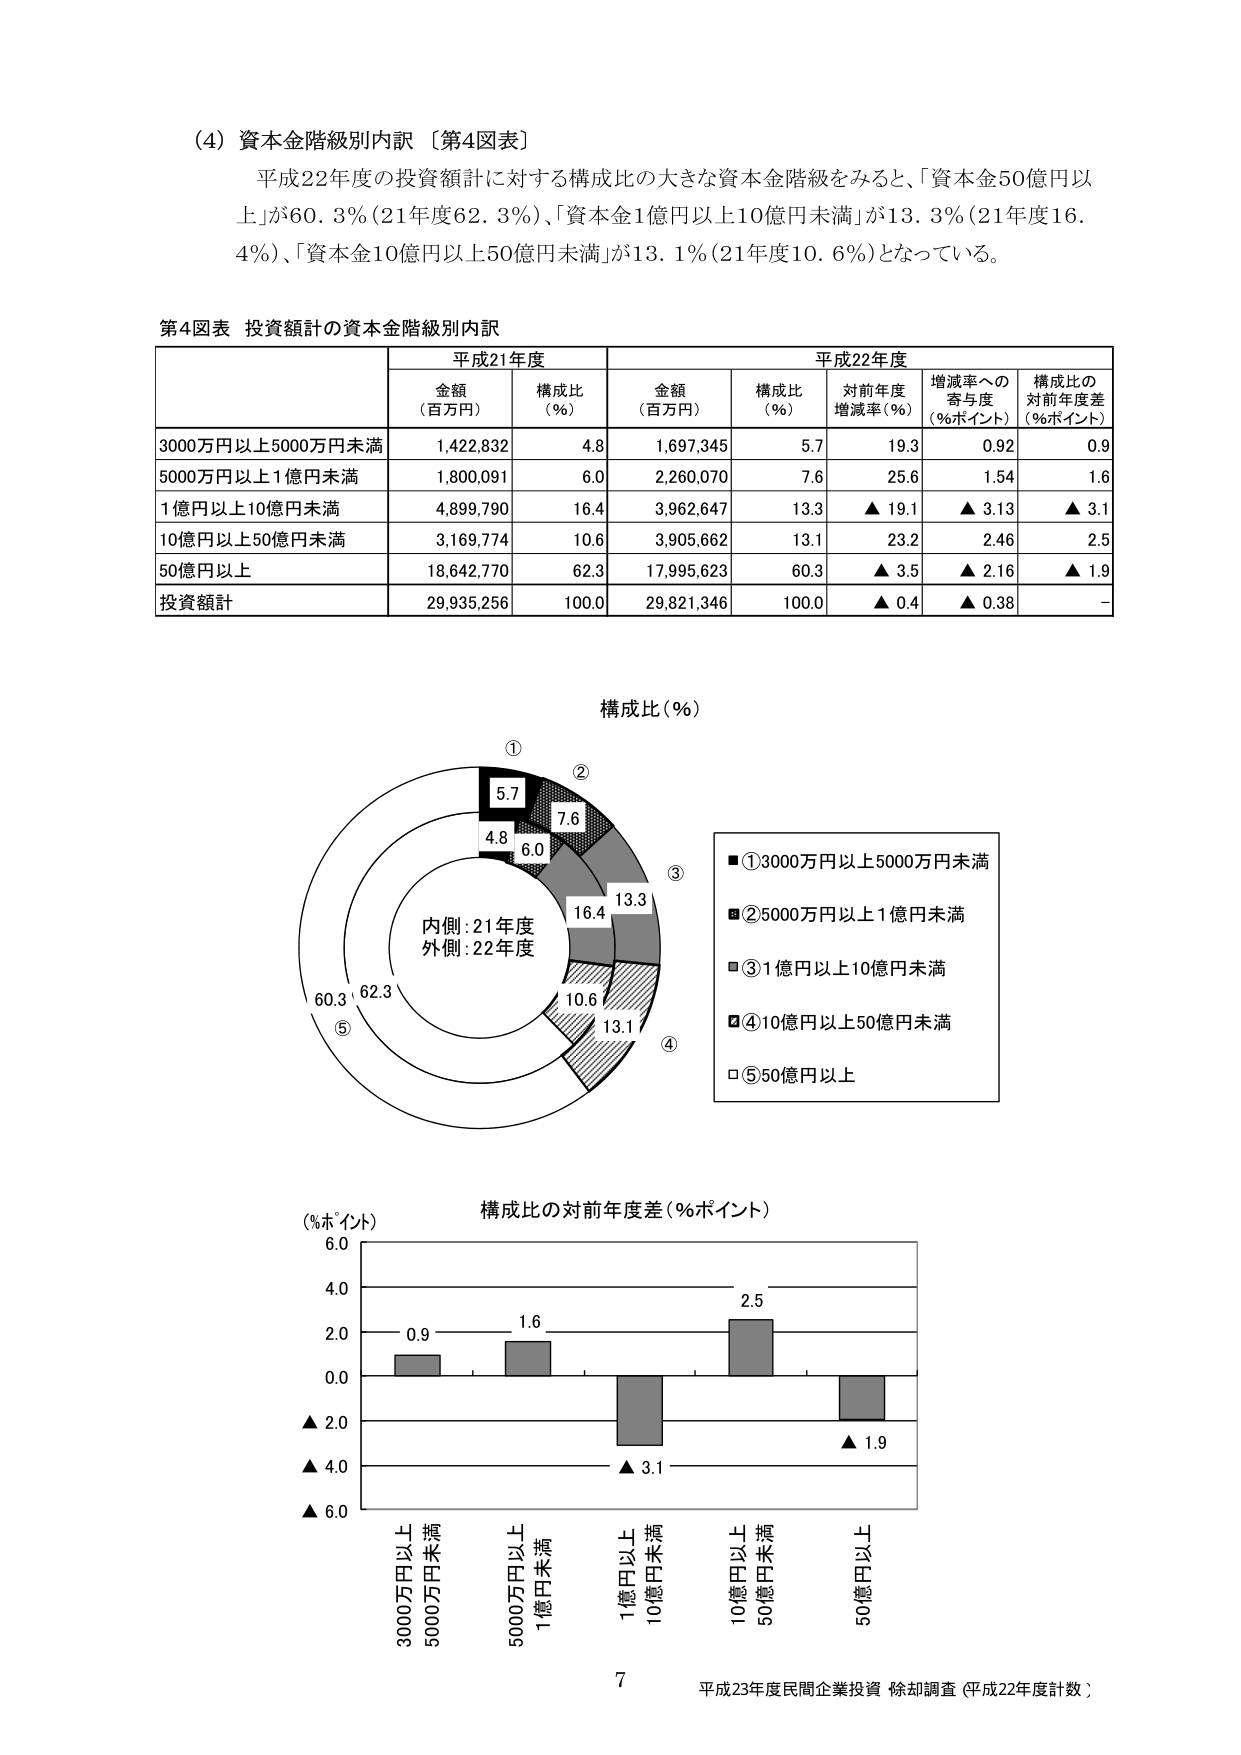
(4) 資本金階級別内訳 〔第4図表〕
平成22年度の投資額計に対する構成比の大きな資本金階級をみると、「資本金50億円以上」が60.3％（21年度62.3％）、「資本金1億円以上10億円未満」が13.3％（21年度16.4％）、「資本金10億円以上50億円未満」が13.1％（21年度10.6％）となっている。

第4図表 投資額計の資本金階級別内訳

| | 平成21年度 | 平成22年度 | | |
|---|---|---|---|---|---|
| | 金額（百万円） | 構成比（％） | 金額（百万円） | 構成比（％） | 対前年度増減率（％） | 増減率への寄与度（％ポイント） | 構成比の対前年度差（％ポイント） |
| 3000万円以上5000万円未満 | 1,422,832 | 4.8 | 1,697,345 | 5.7 | 19.3 | 0.92 | 0.9 |
| 5000万円以上1億円未満 | 1,800,091 | 6.0 | 2,260,070 | 7.6 | 25.6 | 1.54 | 1.6 |
| 1億円以上10億円未満 | 4,899,790 | 16.4 | 3,962,647 | 13.3 | ▲19.1 | ▲3.13 | ▲3.1 |
| 10億円以上50億円未満 | 3,169,774 | 10.6 | 3,905,662 | 13.1 | 23.2 | 2.46 | 2.5 |
| 50億円以上 | 18,642,770 | 62.3 | 17,995,623 | 60.3 | ▲3.5 | ▲2.16 | ▲1.9 |
| 投資額計 | 29,935,256 | 100.0 | 29,821,346 | 100.0 | ▲0.4 | ▲0.38 | - |

構成比（％）

① 5.7
② 7.6
③ 13.3
④ 13.1
⑤ 60.3
内側：21年度
外側：22年度
62.3
4.8
6.0
16.4
10.6

■①3000万円以上5000万円未満
■②5000万円以上1億円未満
■③1億円以上10億円未満
■④10億円以上50億円未満
□⑤50億円以上

構成比の対前年度差（％ポイント）
（％ポイント）
6.0
4.0
2.0
0.0
▲2.0
▲4.0
▲6.0
0.9
1.6
2.5
▲3.1
▲1.9
3000万円以上
5000万円未満
5000万円以上
1億円未満
1億円以上
10億円未満
10億円以上
50億円未満
50億円以上

7
平成23年度民間企業投資 除却調査（平成22年度計数）